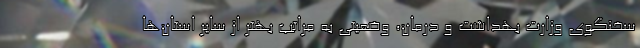
سخنگوی وزارت بهداشت و درمان، وضعیتی به مراتب بهتر از سایر استان‌ها